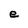
Character: e